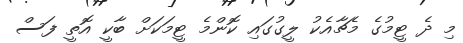
މި ދެ ޓީމުގެ މެޗާއެކު ލީގުގައި ކޮންމެ ޓީމަކަށް ބާކީ އޮތީ ފަސް